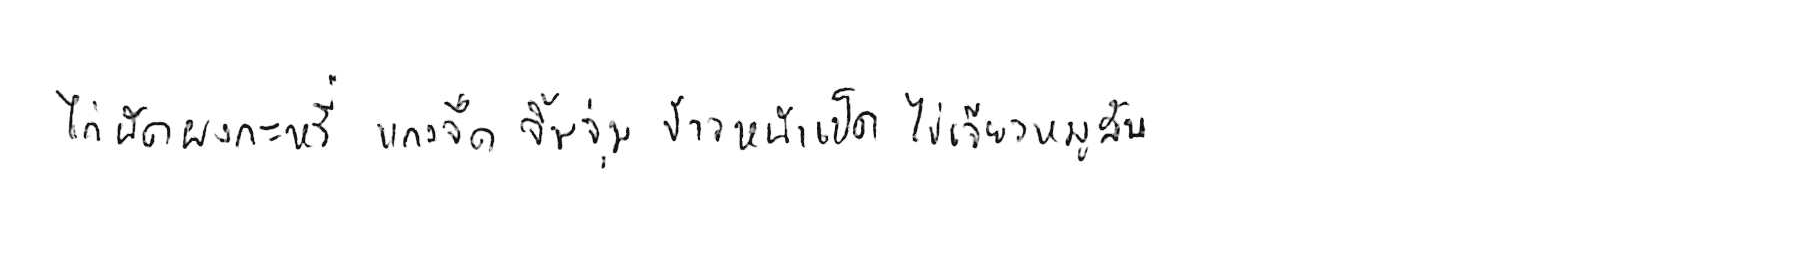
ไก่ผัดผงกะหรี่ แกงจืด จิ้มจุ่ม ข้าวหน้าเป็ด ไข่เจียวหมูสับ